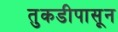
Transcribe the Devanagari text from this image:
तुकडीपासून